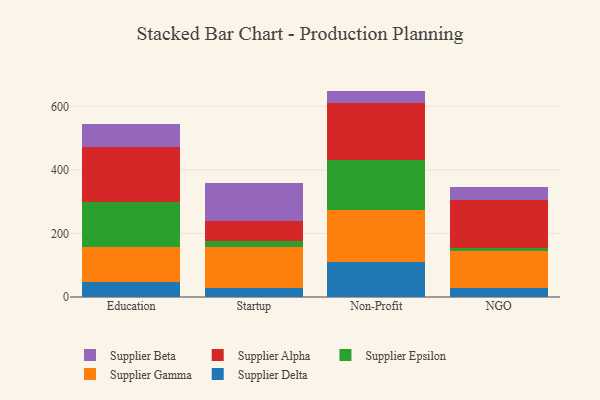
{"axis": {"x": "Segment", "y": "Gross Profit (USD K)"}, "legend": ["Supplier Alpha", "Supplier Beta", "Supplier Delta", "Supplier Epsilon", "Supplier Gamma"], "data": [{"x": "Education", "y": 47.6, "type": "Supplier Delta"}, {"x": "Education", "y": 108.8, "type": "Supplier Gamma"}, {"x": "Education", "y": 142.4, "type": "Supplier Epsilon"}, {"x": "Education", "y": 172.5, "type": "Supplier Alpha"}, {"x": "Education", "y": 73.8, "type": "Supplier Beta"}, {"x": "Startup", "y": 27.3, "type": "Supplier Delta"}, {"x": "Startup", "y": 129.5, "type": "Supplier Gamma"}, {"x": "Startup", "y": 19.5, "type": "Supplier Epsilon"}, {"x": "Startup", "y": 63.4, "type": "Supplier Alpha"}, {"x": "Startup", "y": 117.9, "type": "Supplier Beta"}, {"x": "Non-Profit", "y": 110.5, "type": "Supplier Delta"}, {"x": "Non-Profit", "y": 163.5, "type": "Supplier Gamma"}, {"x": "Non-Profit", "y": 157.6, "type": "Supplier Epsilon"}, {"x": "Non-Profit", "y": 178.8, "type": "Supplier Alpha"}, {"x": "Non-Profit", "y": 38.4, "type": "Supplier Beta"}, {"x": "NGO", "y": 28.6, "type": "Supplier Delta"}, {"x": "NGO", "y": 115.4, "type": "Supplier Gamma"}, {"x": "NGO", "y": 10.6, "type": "Supplier Epsilon"}, {"x": "NGO", "y": 150.1, "type": "Supplier Alpha"}, {"x": "NGO", "y": 41.0, "type": "Supplier Beta"}]}